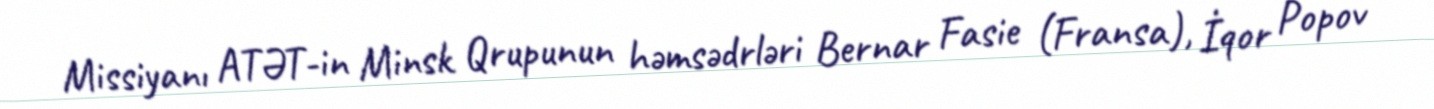
Missiyanı ATƏT-in Minsk Qrupunun həmsədrləri Bernar Fasie (Fransa), İqor Popov